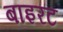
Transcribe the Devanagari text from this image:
बाइरट